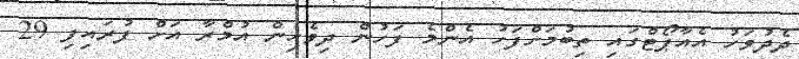
ދެދުވަހު އެއާޕޯޓްގައި ތިބުމަށްފަހު އެންމެ ފަހުން ދިވެހިން އުމްރާ އަށް ފުރައިފި 29